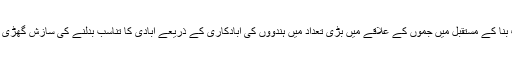
اے کو ہدف بنا کے مستقبل میں جموں کے علاقے میں بڑی تعداد میں ہندووں کی آبادکاری کے ذریعے آبادی کا تناسب بدلنے کی سازش گھڑی جارہی ہے۔